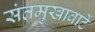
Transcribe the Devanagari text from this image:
संतमुखावाटें